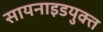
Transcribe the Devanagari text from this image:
सायनाइडयुक्त